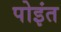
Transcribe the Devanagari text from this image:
पोइंत